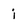
Character: i